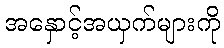
အနှောင့်အယှက်များကို